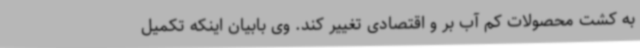
به کشت محصولات کم آب بر و اقتصادی تغییر کند. وی بابیان اینکه تکمیل